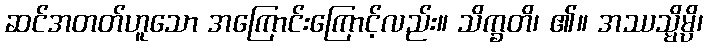
ဆင်အတတ်ဟူသော အကြောင်းကြောင့်လည်း။ သိက္ခတိ၊ ၏။ အဿသ္မိမ္ပိ၊